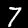
Label: 7